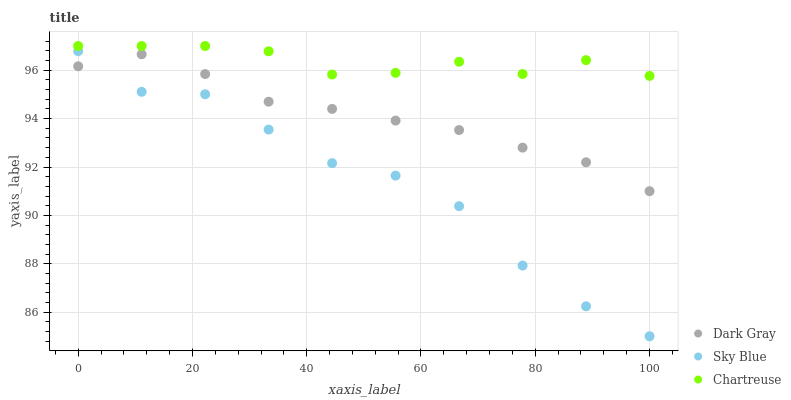
| xaxis_label | Dark Gray | Sky Blue | Chartreuse |
 | --- | --- | --- | --- |
 | 0 | 96.2 | 96.8 | 97 |
 | 11.1 | 96.7 | 95.1 | 97 |
 | 22.2 | 95.8 | 95 | 97 |
 | 33.3 | 94.7 | 93.5 | 96.8 |
 | 44.4 | 94.4 | 92.2 | 95.8 |
 | 55.6 | 93.9 | 91.6 | 95.9 |
 | 66.7 | 93.5 | 90.4 | 96.3 |
 | 77.8 | 92.8 | 87.9 | 95.8 |
 | 88.9 | 92.2 | 86.2 | 96.4 |
 | 100 | 91 | 85 | 95.8 |